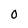
Character: O